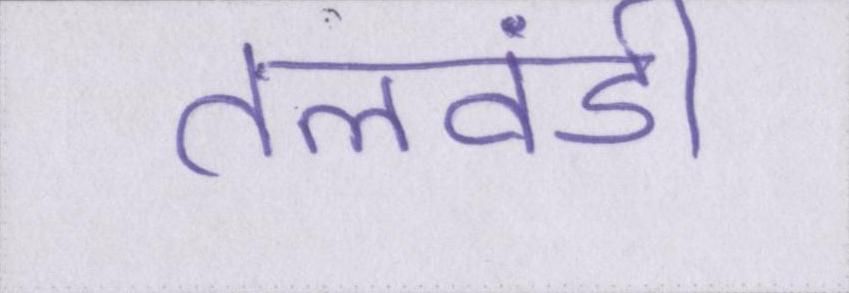
तलवंडी